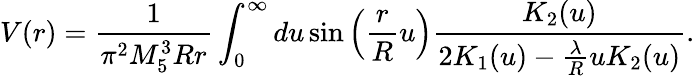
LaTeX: V(r)=\frac{1}{\pi^{2}M_{5}^{3}Rr}\int_{0}^{\infty}du\sin\left(\frac{r}{R}u\right)\frac{K_{2}(u)}{2K_{1}(u)-\frac{\lambda}{R}uK_{2}(u)}.